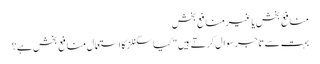
منافع بخش یا غیر منافع بخش
بہت سے تاجر سوال کرتے ہیں "کیا سگنلز کا استعمال منافع بخش ہے؟